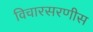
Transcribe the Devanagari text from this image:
विचारसरणीस